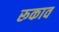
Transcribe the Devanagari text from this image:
रूकाव